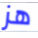
هز